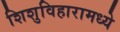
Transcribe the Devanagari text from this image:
शिशुविहारामध्ये